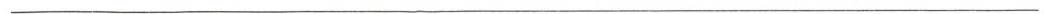
___